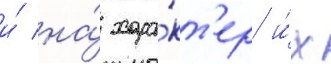
и́ на́ хара́кт'ер и́х